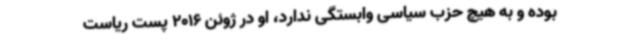
بوده و به هیچ حزب سیاسی وابستگی ندارد، او در ژوئن 2016 پست ریاست